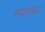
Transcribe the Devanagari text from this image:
सकाथा